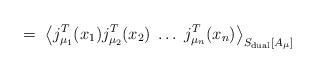
LaTeX: \begin{align*}=\;\left\langle j_{\mu _1}^T(x_1)j_{\mu _2}^T(x_2)\;\ldots\;j_{\mu_n}^T(x_n)\right\rangle _{S_{{\rm dual}}[A_\mu]}\;\end{align*}